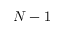
N - 1